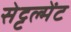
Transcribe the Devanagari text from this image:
सेट्टल्मेंट